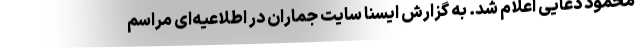
محمود دعایی اعلام شد. به گزارش ایسنا سایت جماران در اطلاعیه‌ای مراسم